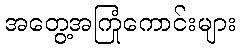
အတွေ့အကြုံကောင်းများ